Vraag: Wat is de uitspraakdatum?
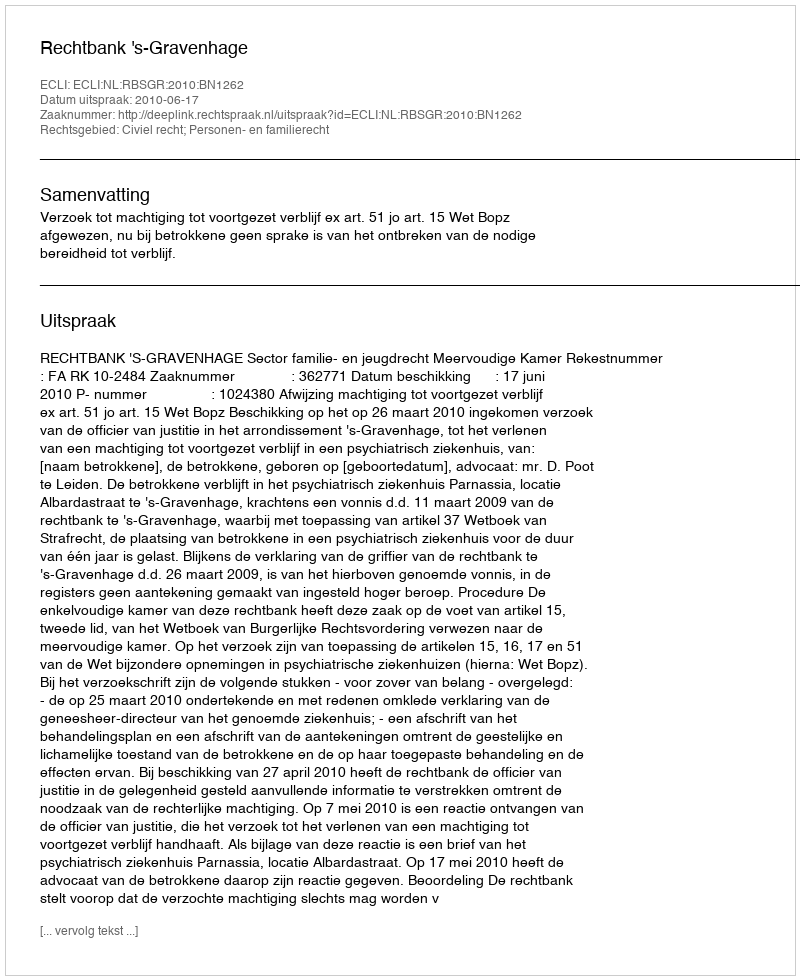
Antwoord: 2010-06-17